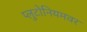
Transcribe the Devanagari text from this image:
प्लुटोनियमवर